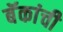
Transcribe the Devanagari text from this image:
बॅकांची